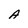
Character: A